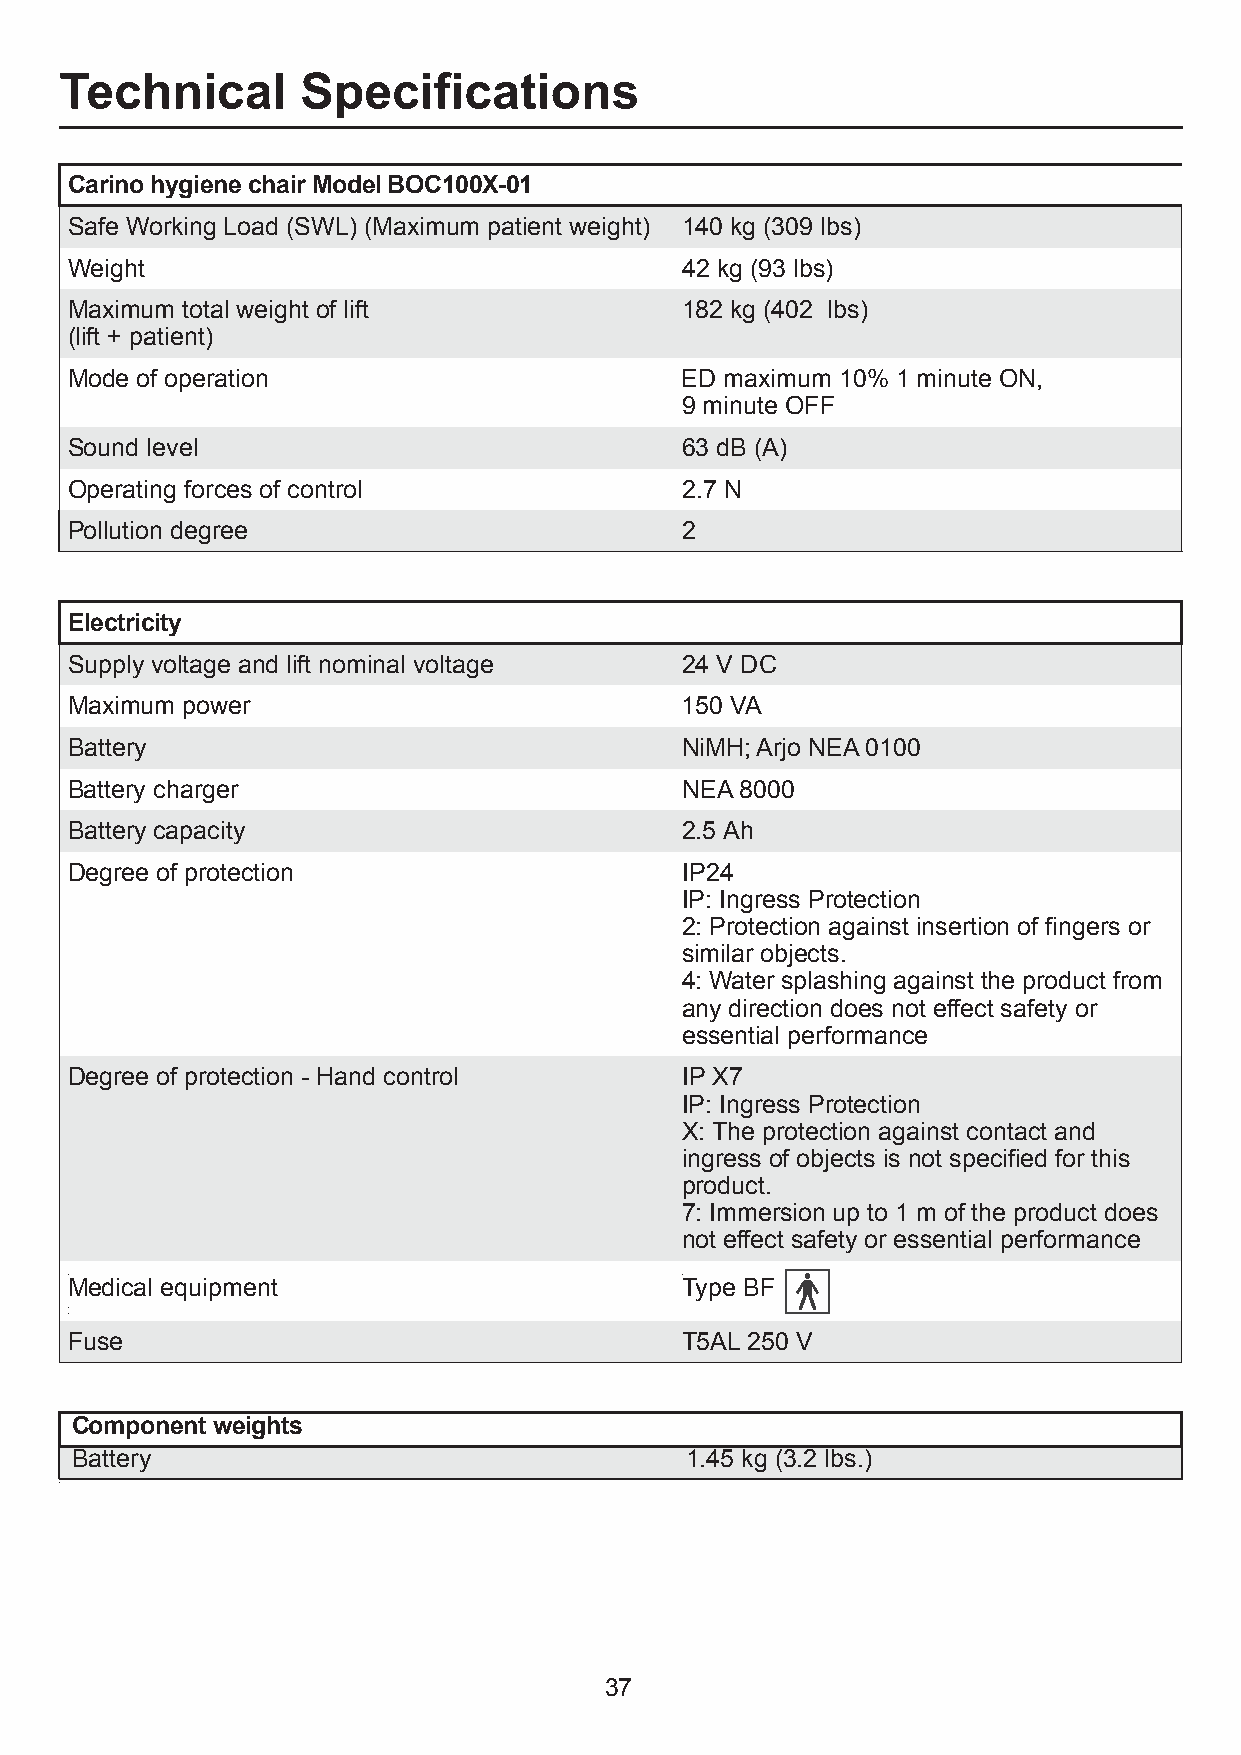
Technical       Specifications
 Carino hygiene chair Model BOC100X-01
 Safe Working Load (SWL) (Maximum patient weight) 140 kg (309 lbs)
 Weight                                   42 kg (93 lbs)
 Maximum total weight of lift             182 kg (402 lbs)
 (lift + patient)
 Mode of operation                        ED maximum 10% 1 minute ON,
 9 minute OFF
 Sound level                              63 dB (A)
 Operating forces of control              2.7 N
 Pollution degree                         2
 Electricity
 Supply voltage and lift nominal voltage  24 V DC
 Maximum power                            150 VA
 Battery                                  NiMH; Arjo NEA 0100
 Battery charger                          NEA 8000
 Battery capacity                         2.5 Ah
 Degree of protection                     IP24
 IP: Ingress Protection
 2: Protection against insertion of fingers or
 similar objects.
 4: Water splashing against the product from
 any direction does not effect safety or
 essential performance
 Degree of protection - Hand control      IP X7
 IP: Ingress Protection
 X: The protection against contact and
 ingress of objects is not specified for this
 product.
 7: Immersion up to 1 m of the product does
 not effect safety or essential performance
 •Medical equipment                       •Type BF
 ••
 Fuse                                     T5AL 250 V
 Component weights
 Battery                                 1.45 kg (3.2 lbs.)
 •
 37